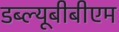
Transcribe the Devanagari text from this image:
डब्ल्यूबीबीएम